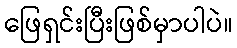
ဖြေရှင်းပြီးဖြစ်မှာပါပဲ။